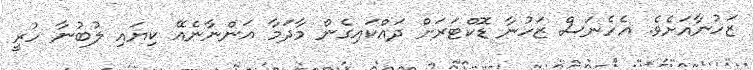
ޒަހުނާއަށެވެ. އެހެނަސް ޒަހުނާ ޑޮކްޓަރަށް ދައްކައިގެން މާދަމާ އަންނާނެއޭ ކިޔައި ލުބުނާ ހުރީ